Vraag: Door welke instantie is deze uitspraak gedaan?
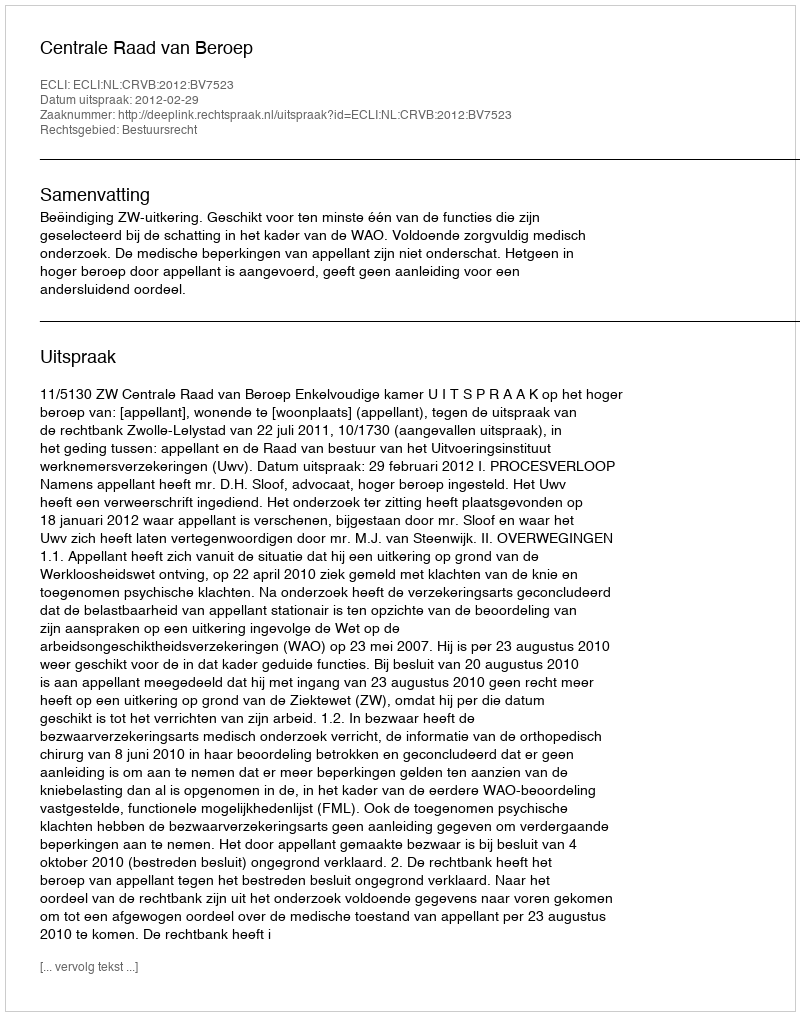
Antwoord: Centrale Raad van Beroep